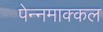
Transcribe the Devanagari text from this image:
पेन्नमाक्कल